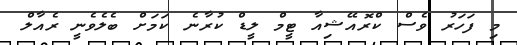
މި ފަހަރު ވެސް ކްރޮއޭޝިއާ ޓީމް ލީޑް ކުރާނެ ކަމަށް ބެލެވެނީ ރެއާލް